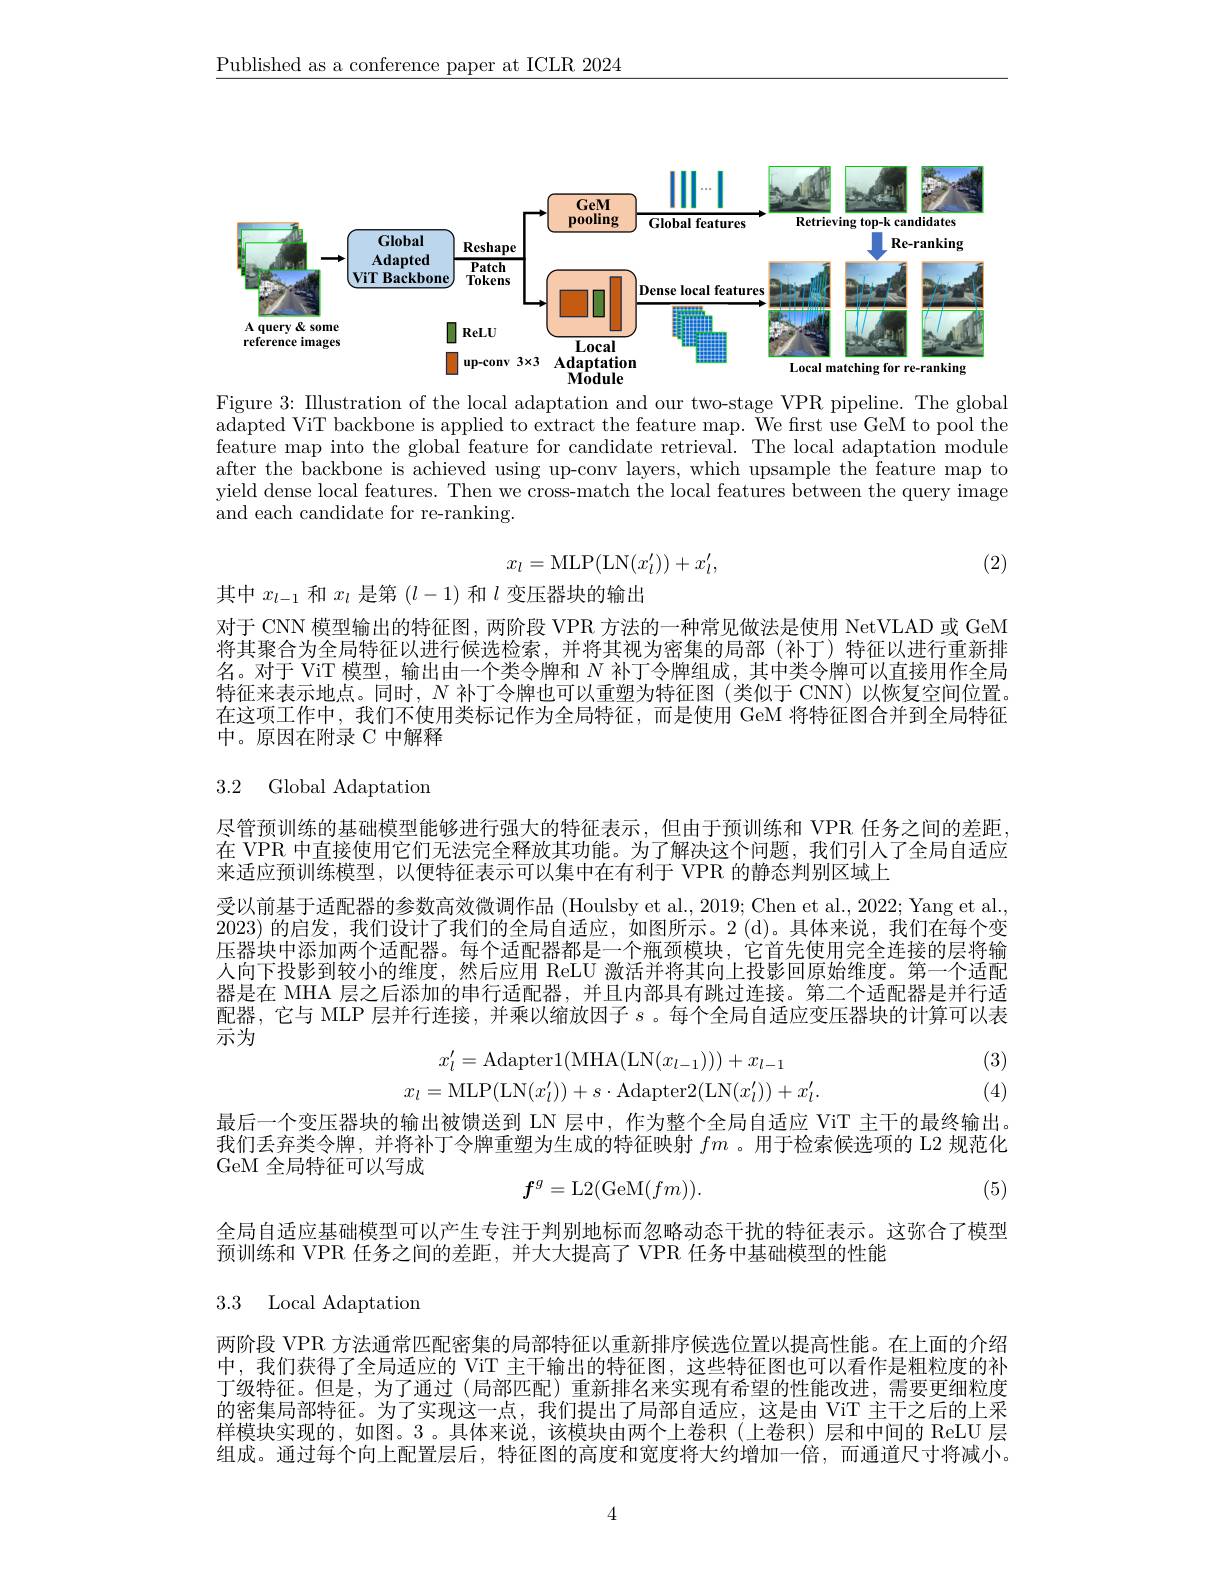
$\underline{\text{Published as a conference paper at ICLR 2024}}$

<FigureHere>

Figure 3: IIlustration of the local adaptation and our two-stage VPR pipeline. The global $\bar{\text{adapted ViT backbone is applied to extract the feature map. We first use GeM to pool the}}$ $\bar{\text{feature map into the global feature for candidate retrieval. The local adaptation module}}$ after the backbone is achieved using up-conv layers, which upsample the feature map to yield dense local features. Then we cross-match the local features between the query image and each candidate for re-ranking.
$$x_l=\mathrm{MLP}(\mathrm{LN}(x_l'))+x_l',$$
(2)

其中$x_{l-1}$和$x_l$是第$(l-1)$和$l$变压器块的输出

对于 CNN 模型输出的特征图，两阶段 VPR 方法的一种常见做法是使用 NetVLAD 或 GeM 将其聚合为全局特征以进行候选检索，并将其视为密集的局部(补丁)特征以进行重新排名。对于 ViT 模型，输出由一个类令牌和$N$补丁令牌组成，其中类令牌可以直接用作全局特征来表示地点。同时，$N$补丁令牌也可以重塑为特征图(类似于 CNN)以恢复空间位置。在这项工作中，我们不使用类标记作为全局特征，而是使用 GeM 将特征图合并到全局特征中。原因在附录 C 中解释

3.2 Global Adaptation

尽管预训练的基础模型能够进行强大的特征表示，但由于预训练和 VPR 任务之间的差距在 VPR 中直接使用它们无法完全释放其功能。为了解决这个问题，我们引入了全局自适应来适应预训练模型，以便特征表示可以集中在有利于 VPR 的静态判别区域上
受以前基于适配器的参数高效微调作品 (Houlsby et al., 2019; Chen et al., 2022; Yang et al., 2023)的启发，我们设计了我们的全局自适应，如图所示。2 (d)。具体来说，我们在每个变压器块中添加两个适配器。每个适配器都是一个瓶颈模块，它首先使用完全连接的层将输人向下投影到较小的维度，然后应用 ReLU 激活并将其向上投影回原始维度。第一个适配器是在 MHA 层之后添加的串行适配器，并且内部具有跳过连接。第二个适配器是并行适配器，它与 MLP 层并行连接，并乘以缩放因子$s$ 。每个全局自适应变压器块的计算可以表示为
$$x_{l}^{\prime}=\mathrm{Adapter}1(\mathrm{MHA}(\mathrm{LN}(x_{l-1})))+x_{l-1}\\x_{l}=\mathrm{MLP}(\mathrm{LN}(x_{l}'))+s\cdot\mathrm{Adapter}2(\mathrm{LN}(x_{l}'))+x_{l}'.$$
(3) (4)

最后一个变压器块的输出被馈送到 LN 层中，作为整个全局自适应 ViT 主干的最终输出。我们丢弃类令牌，并将补丁令牌重塑为生成的特征映射$fm$ 。用于检索候选项的 L2 规范化GeM 全局特征可以写成

(5)
$$f^{g}=\mathrm{L}2(\mathrm{GeM}(fm)).$$
全局自适应基础模型可以产生专注于判别地标而忽略动态干扰的特征表示。这弥合了模型
预训练和 VPR 任务之间的差距，并大大提高了 VPR 任务中基础模型的性能

3.3 Local Adaptation

两阶段 VPR 方法通常匹配密集的局部特征以重新排序候选位置以提高性能。在上面的介绍中，我们获得了全局适应的 ViT 主干输出的特征图，这些特征图也可以看作是粗粒度的补丁级特征。但是，为了通过 (局部匹配)重新排名来实现有希望的性能改进，需要更细粒度的密集局部特征。为了实现这一点，我们提出了局部自适应，这是由 ViT 主干之后的上采样模块实现的，如图。3 。具体来说，该模块由两个上卷积(上卷积)层和中间的 ReLU 层组成。通过每个向上配置层后，特征图的高度和宽度将大约增加一倍，而通道尺寸将减小。

4